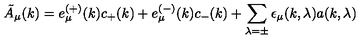
\tilde { A } _ { \mu } ( k ) = e _ { \mu } ^ { \left( + \right) } ( k ) c _ { + } ( k ) + e _ { \mu } ^ { \left( - \right) } ( k ) c _ { - } ( k ) + \sum _ { \lambda = \pm } \epsilon _ { \mu } ( k , \lambda ) a ( k , \lambda )